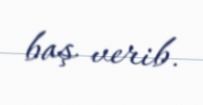
baş verib.